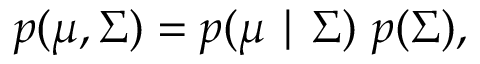
p ( { \boldsymbol { \mu } } , { \boldsymbol { \Sigma } } ) = p ( { \boldsymbol { \mu } } \mid { \boldsymbol { \Sigma } } ) \ p ( { \boldsymbol { \Sigma } } ) ,